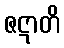
ဇဋာတိ